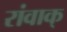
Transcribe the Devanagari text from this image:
रांवाक्